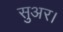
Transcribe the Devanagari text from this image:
सुअर।